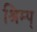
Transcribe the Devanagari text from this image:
श्रिम्प्